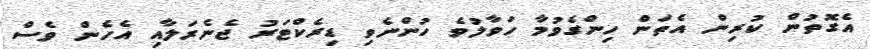
އެގޮތުން ކުރިން އެތަން ހިންގެވުމާ ހަވާލުވެ ހުންނެވި ޑިރެކްޓަރު ޖެނެރަލާއި އެހެން ވެސް